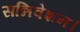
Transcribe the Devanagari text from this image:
सन्निवेशन।